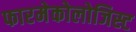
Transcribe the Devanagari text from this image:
फारमेकोलोजिस्ट